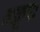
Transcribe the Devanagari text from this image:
अक्रूरः